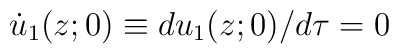
\dot u_1(z;0) \equiv d u_1(z; 0)/ d\tau = 0